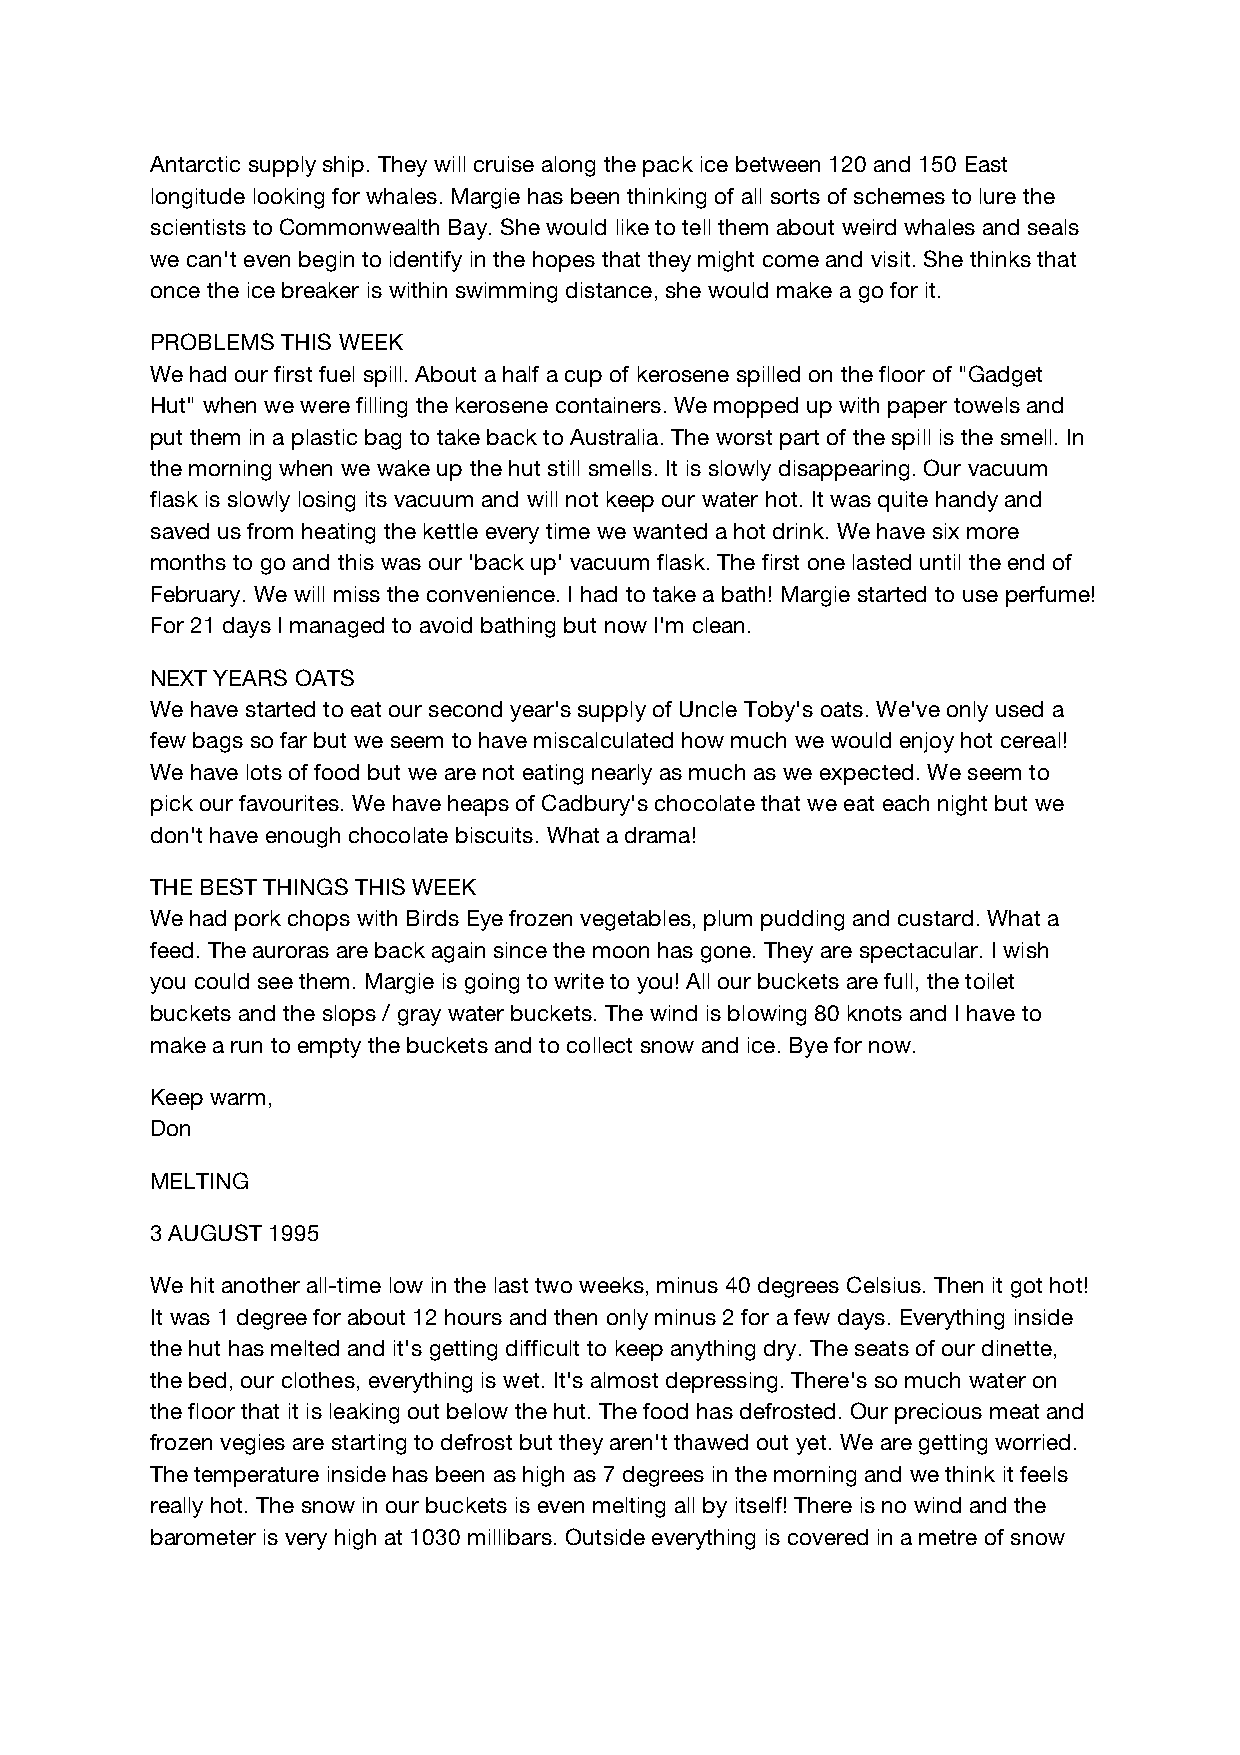
Antarctic supply ship. They will cruise along the pack ice between 120 and 150 East
 longitude looking for whales. Margie has been thinking of all sorts of schemes to lure the
 scientists to Commonwealth Bay. She would like to tell them about weird whales and seals
 we can't even begin to identify in the hopes that they might come and visit. She thinks that
 once the ice breaker is within swimming distance, she would make a go for it.
 PROBLEMS THIS WEEK
 We had our first fuel spill. About a half a cup of kerosene spilled on the floor of "Gadget
 Hut" when we were filling the kerosene containers. We mopped up with paper towels and
 put them in a plastic bag to take back to Australia. The worst part of the spill is the smell. In
 the morning when we wake up the hut still smells. It is slowly disappearing. Our vacuum
 flask is slowly losing its vacuum and will not keep our water hot. It was quite handy and
 saved us from heating the kettle every time we wanted a hot drink. We have six more
 months to go and this was our 'back up' vacuum flask. The first one lasted until the end of
 February. We will miss the convenience. I had to take a bath! Margie started to use perfume!
 For 21 days I managed to avoid bathing but now I'm clean.
 NEXT YEARS OATS
 We have started to eat our second year's supply of Uncle Toby's oats. We've only used a
 few bags so far but we seem to have miscalculated how much we would enjoy hot cereal!
 We have lots of food but we are not eating nearly as much as we expected. We seem to
 pick our favourites. We have heaps of Cadbury's chocolate that we eat each night but we
 don't have enough chocolate biscuits. What a drama!
 THE BEST THINGS THIS WEEK
 We had pork chops with Birds Eye frozen vegetables, plum pudding and custard. What a
 feed. The auroras are back again since the moon has gone. They are spectacular. I wish
 you could see them. Margie is going to write to you! All our buckets are full, the toilet
 buckets and the slops / gray water buckets. The wind is blowing 80 knots and I have to
 make a run to empty the buckets and to collect snow and ice. Bye for now.
 Keep warm,
 Don
 MELTING
 3 AUGUST 1995
 We hit another all-time low in the last two weeks, minus 40 degrees Celsius. Then it got hot!
 It was 1 degree for about 12 hours and then only minus 2 for a few days. Everything inside
 the hut has melted and it's getting difficult to keep anything dry. The seats of our dinette,
 the bed, our clothes, everything is wet. It's almost depressing. There's so much water on
 the floor that it is leaking out below the hut. The food has defrosted. Our precious meat and
 frozen vegies are starting to defrost but they aren't thawed out yet. We are getting worried.
 The temperature inside has been as high as 7 degrees in the morning and we think it feels
 really hot. The snow in our buckets is even melting all by itself! There is no wind and the
 barometer is very high at 1030 millibars. Outside everything is covered in a metre of snow